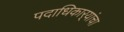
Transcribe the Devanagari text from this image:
पदाधिकार्‍यांचा